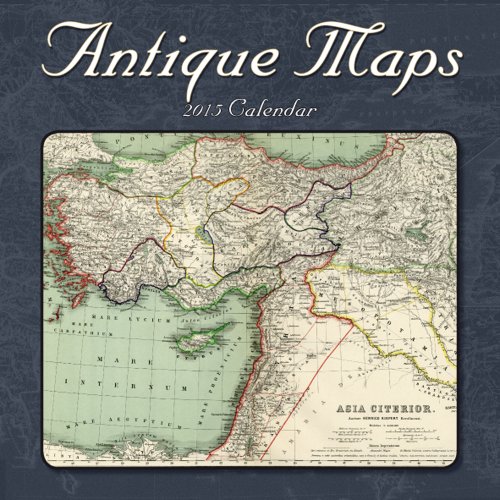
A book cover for Antique Maps (CL52345); Catch Publishing; Calendars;